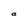
Character: a